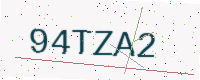
Text: 94TZA2